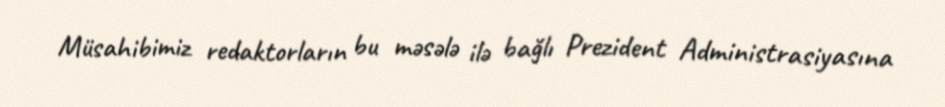
Müsahibimiz redaktorların bu məsələ ilə bağlı Prezident Administrasiyasına